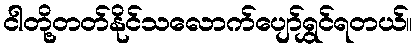
ငါတို့တတ်နိုင်သလောက်ပျော်ရွှင်ရတယ်။